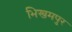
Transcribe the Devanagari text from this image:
भिखमपुर